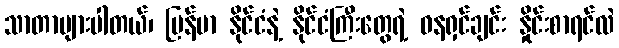
သာတာများပါတယ်၊ မြန်မာ နိုင်ငံနဲ့ နိုင်ငံကြီးတွေရဲ့ ဓနရှင်ချင်း နှိုင်းစာရင်လဲ